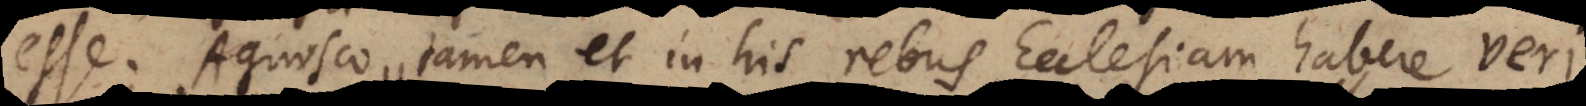
esse. Agnosco tamen et in his rebus Ecclesiam habere veri